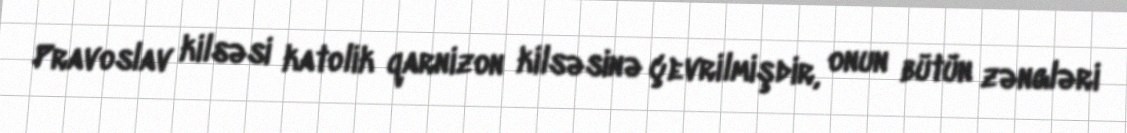
Pravoslav kilsəsi katolik qarnizon kilsəsinə çevrilmişdir, onun bütün zəngləri